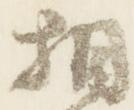
相